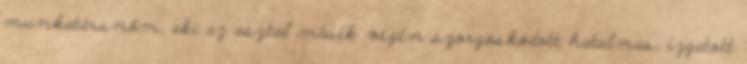
munkatársnőm, aki az asztal másik végén szorgoskodott hatalmas, izgatott